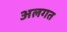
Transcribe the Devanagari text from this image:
अलगत